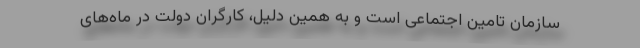
سازمان تامین اجتماعی است و به همین دلیل، کارگران دولت در ماه‌های